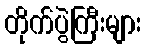
တိုက်ပွဲကြီးများ